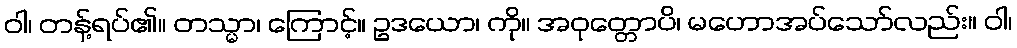
ဝါ၊ တန့်ရပ်၏။ တသ္မာ၊ ကြောင့်။ ဥဒယော၊ ကို။ အဝုတ္တောပိ၊ မဟောအပ်သော်လည်း။ ဝါ၊